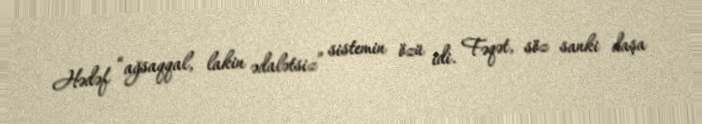
Hədəf “ağsaqqal, lakin ədalətsiz” sistemin özü idi. Fəqət, söz sanki daşa